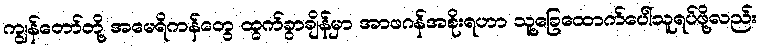
ကျွန်တော်တို့ အမေရိကန်တွေ ထွက်ခွာချိန်မှာ အာဖဂန်အစိုးရဟာ သူ့ခြေထောက်ပေါ်သူရပ်ဖို့လည်း